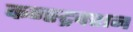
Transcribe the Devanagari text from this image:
कन्स्ट्रक्‍शन